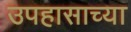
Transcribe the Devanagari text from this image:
उपहासाच्या